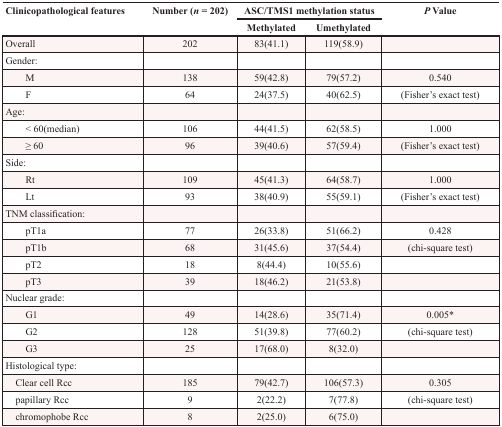
<table><thead><tr><td rowspan="2"><b>Clinicopathological features</b></td><td rowspan="2"><b>Number (<i>n</i> = 202)</b></td><td colspan="2"><b>ASC/TMS1 methylation status</b></td><td rowspan="2"><b><i>P</i> Value</b></td></tr><tr><td><b>Methylated</b></td><td><b>Umethylated</b></td></tr></thead><tbody><tr><td>Overall</td><td>202</td><td>83(41.1)</td><td>119(58.9)</td><td></td></tr><tr><td>Gender:</td><td></td><td></td><td></td><td></td></tr><tr><td>M</td><td>138</td><td>59(42.8)</td><td>79(57.2)</td><td>0.540</td></tr><tr><td>F</td><td>64</td><td>24(37.5)</td><td>40(62.5)</td><td>(Fisher&#x27;s exact test)</td></tr><tr><td>Age:</td><td></td><td></td><td></td><td></td></tr><tr><td>&lt; 60(median)</td><td>106</td><td>44(41.5)</td><td>62(58.5)</td><td>1.000</td></tr><tr><td>≥ 60</td><td>96</td><td>39(40.6)</td><td>57(59.4)</td><td>(Fisher&#x27;s exact test)</td></tr><tr><td>Side:</td><td></td><td></td><td></td><td></td></tr><tr><td>Rt</td><td>109</td><td>45(41.3)</td><td>64(58.7)</td><td>1.000</td></tr><tr><td>Lt</td><td>93</td><td>38(40.9)</td><td>55(59.1)</td><td>(Fisher&#x27;s exact test)</td></tr><tr><td>TNM classification:</td><td></td><td></td><td></td><td></td></tr><tr><td>pT1a</td><td>77</td><td>26(33.8)</td><td>51(66.2)</td><td>0.428</td></tr><tr><td>pT1b</td><td>68</td><td>31(45.6)</td><td>37(54.4)</td><td>(chi-square test)</td></tr><tr><td>pT2</td><td>18</td><td>8(44.4)</td><td>10(55.6)</td><td></td></tr><tr><td>pT3</td><td>39</td><td>18(46.2)</td><td>21(53.8)</td><td></td></tr><tr><td>Nuclear grade:</td><td></td><td></td><td></td><td></td></tr><tr><td>G1</td><td>49</td><td>14(28.6)</td><td>35(71.4)</td><td>0.005*</td></tr><tr><td>G2</td><td>128</td><td>51(39.8)</td><td>77(60.2)</td><td>(chi-square test)</td></tr><tr><td>G3</td><td>25</td><td>17(68.0)</td><td>8(32.0)</td><td></td></tr><tr><td>Histological type:</td><td></td><td></td><td></td><td></td></tr><tr><td> Clear cell Rcc</td><td>185</td><td>79(42.7)</td><td>106(57.3)</td><td>0.305</td></tr><tr><td> papillary Rcc</td><td>9</td><td>2(22.2)</td><td>7(77.8)</td><td>(chi-square test)</td></tr><tr><td> chromophobe Rcc</td><td>8</td><td>2(25.0)</td><td>6(75.0)</td><td></td></tr></tbody></table>